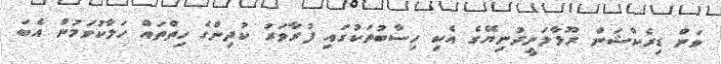
ވަން ޑިރެކްޝަން ރޫޅާލަނީދުނިޔޭގެ އެކި ހިސާބުތަކުގައި ފުރާވަރު ކުދިންގެ ހިތްތައް ހަލާކުވަމުން އެބަ